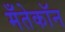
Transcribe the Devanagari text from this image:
मँतेकॉन